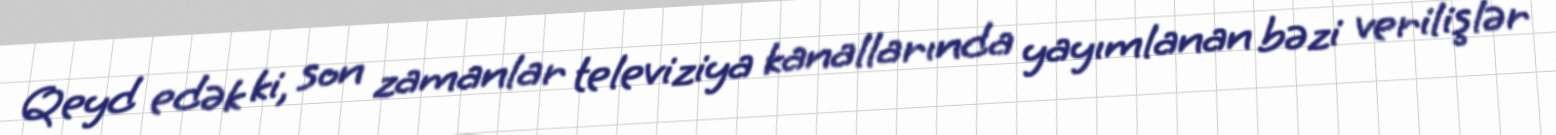
Qeyd edək ki, son zamanlar televiziya kanallarında yayımlanan bəzi verilişlər